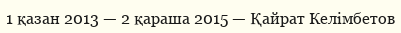
1 қазан 2013 — 2 қараша 2015 — Қайрат Келімбетов